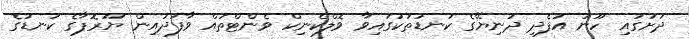
ދަށުގައި ހޫނު އުފެދި ދުނިޔޭގެ ކަނޑުތަކުގައިވާ ވޮލްކެނިކް ވެންޓްތައް ވާފަދައިން ޔޫރޮޕާގެ ކަނޑުގެ